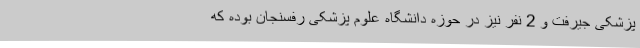
پزشکی جیرفت و 2 نفر نیز در حوزه دانشگاه علوم پزشکی رفسنجان بوده که